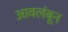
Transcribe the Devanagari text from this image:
आवलंबून